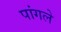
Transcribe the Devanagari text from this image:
पांगले